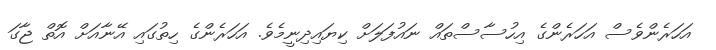
އަހަރެންވެސް އަހަރެންގެ އިހުސާސްތައް ނައުފަލަށް ކިޔައިދިނީމެވެ. އަހަރެންގެ ހިތުގައި އޭނާއަށް އޮތް ޖާގަ